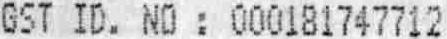
GST ID. NO : 000181747712